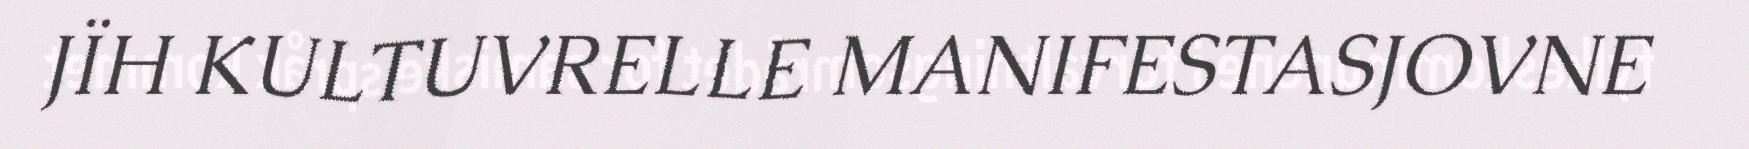
JÏH KULTUVRELLE MANIFESTASJOVNE